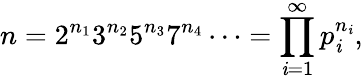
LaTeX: n=2^{n_{1}}3^{n_{2}}5^{n_{3}}7^{n_{4}}\cdots=\prod_{\mathit{i}=1}^{\infty}p_{\mathit{i}}^{n_{\mathit{i}}},